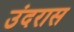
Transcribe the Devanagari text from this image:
उंदरास